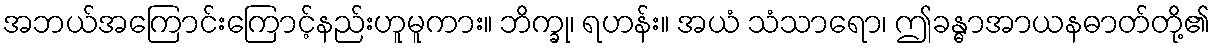
အဘယ်အကြောင်းကြောင့်နည်းဟူမူကား။ ဘိက္ခု၊ ရဟန်း။ အယံ သံသာရော၊ ဤခန္ဓာအာယနဓာတ်တို့၏